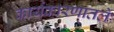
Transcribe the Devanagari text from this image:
कार्यकारणातले